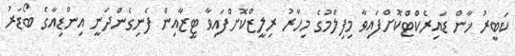
ކަބީރު ޚާން ޑައިރެކްޓްކޮށްފައިވާ މިފިލްމުގެ މިހާރު ރިލީޒްކޮށްފައިވާ ޓީޒާއިން ފެނިގެންދަނީ އިންޑިއާގެ ބޯޑަރު